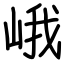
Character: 峨